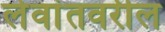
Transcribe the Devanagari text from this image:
लेवांतवरील